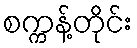
စက္ကန့်တိုင်း